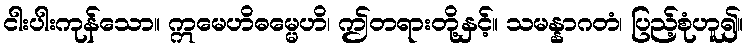
ငါးပါးကုန်သော။ ဣမေဟိဓမ္မေဟိ၊ ဤတရားတို့နှင့်။ သမန္နာဂတံ၊ ပြည့်စုံဟူ၍။